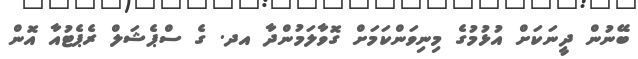
ބޭނުން ދީނަކަށް އުޅުމުގެ މިނިވަންކަމަށް ގޮވާލަމުންދާ އދ. ގެ ސްޕެޝަލް ރެޕެޓުއާ އޮން